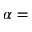
\alpha =